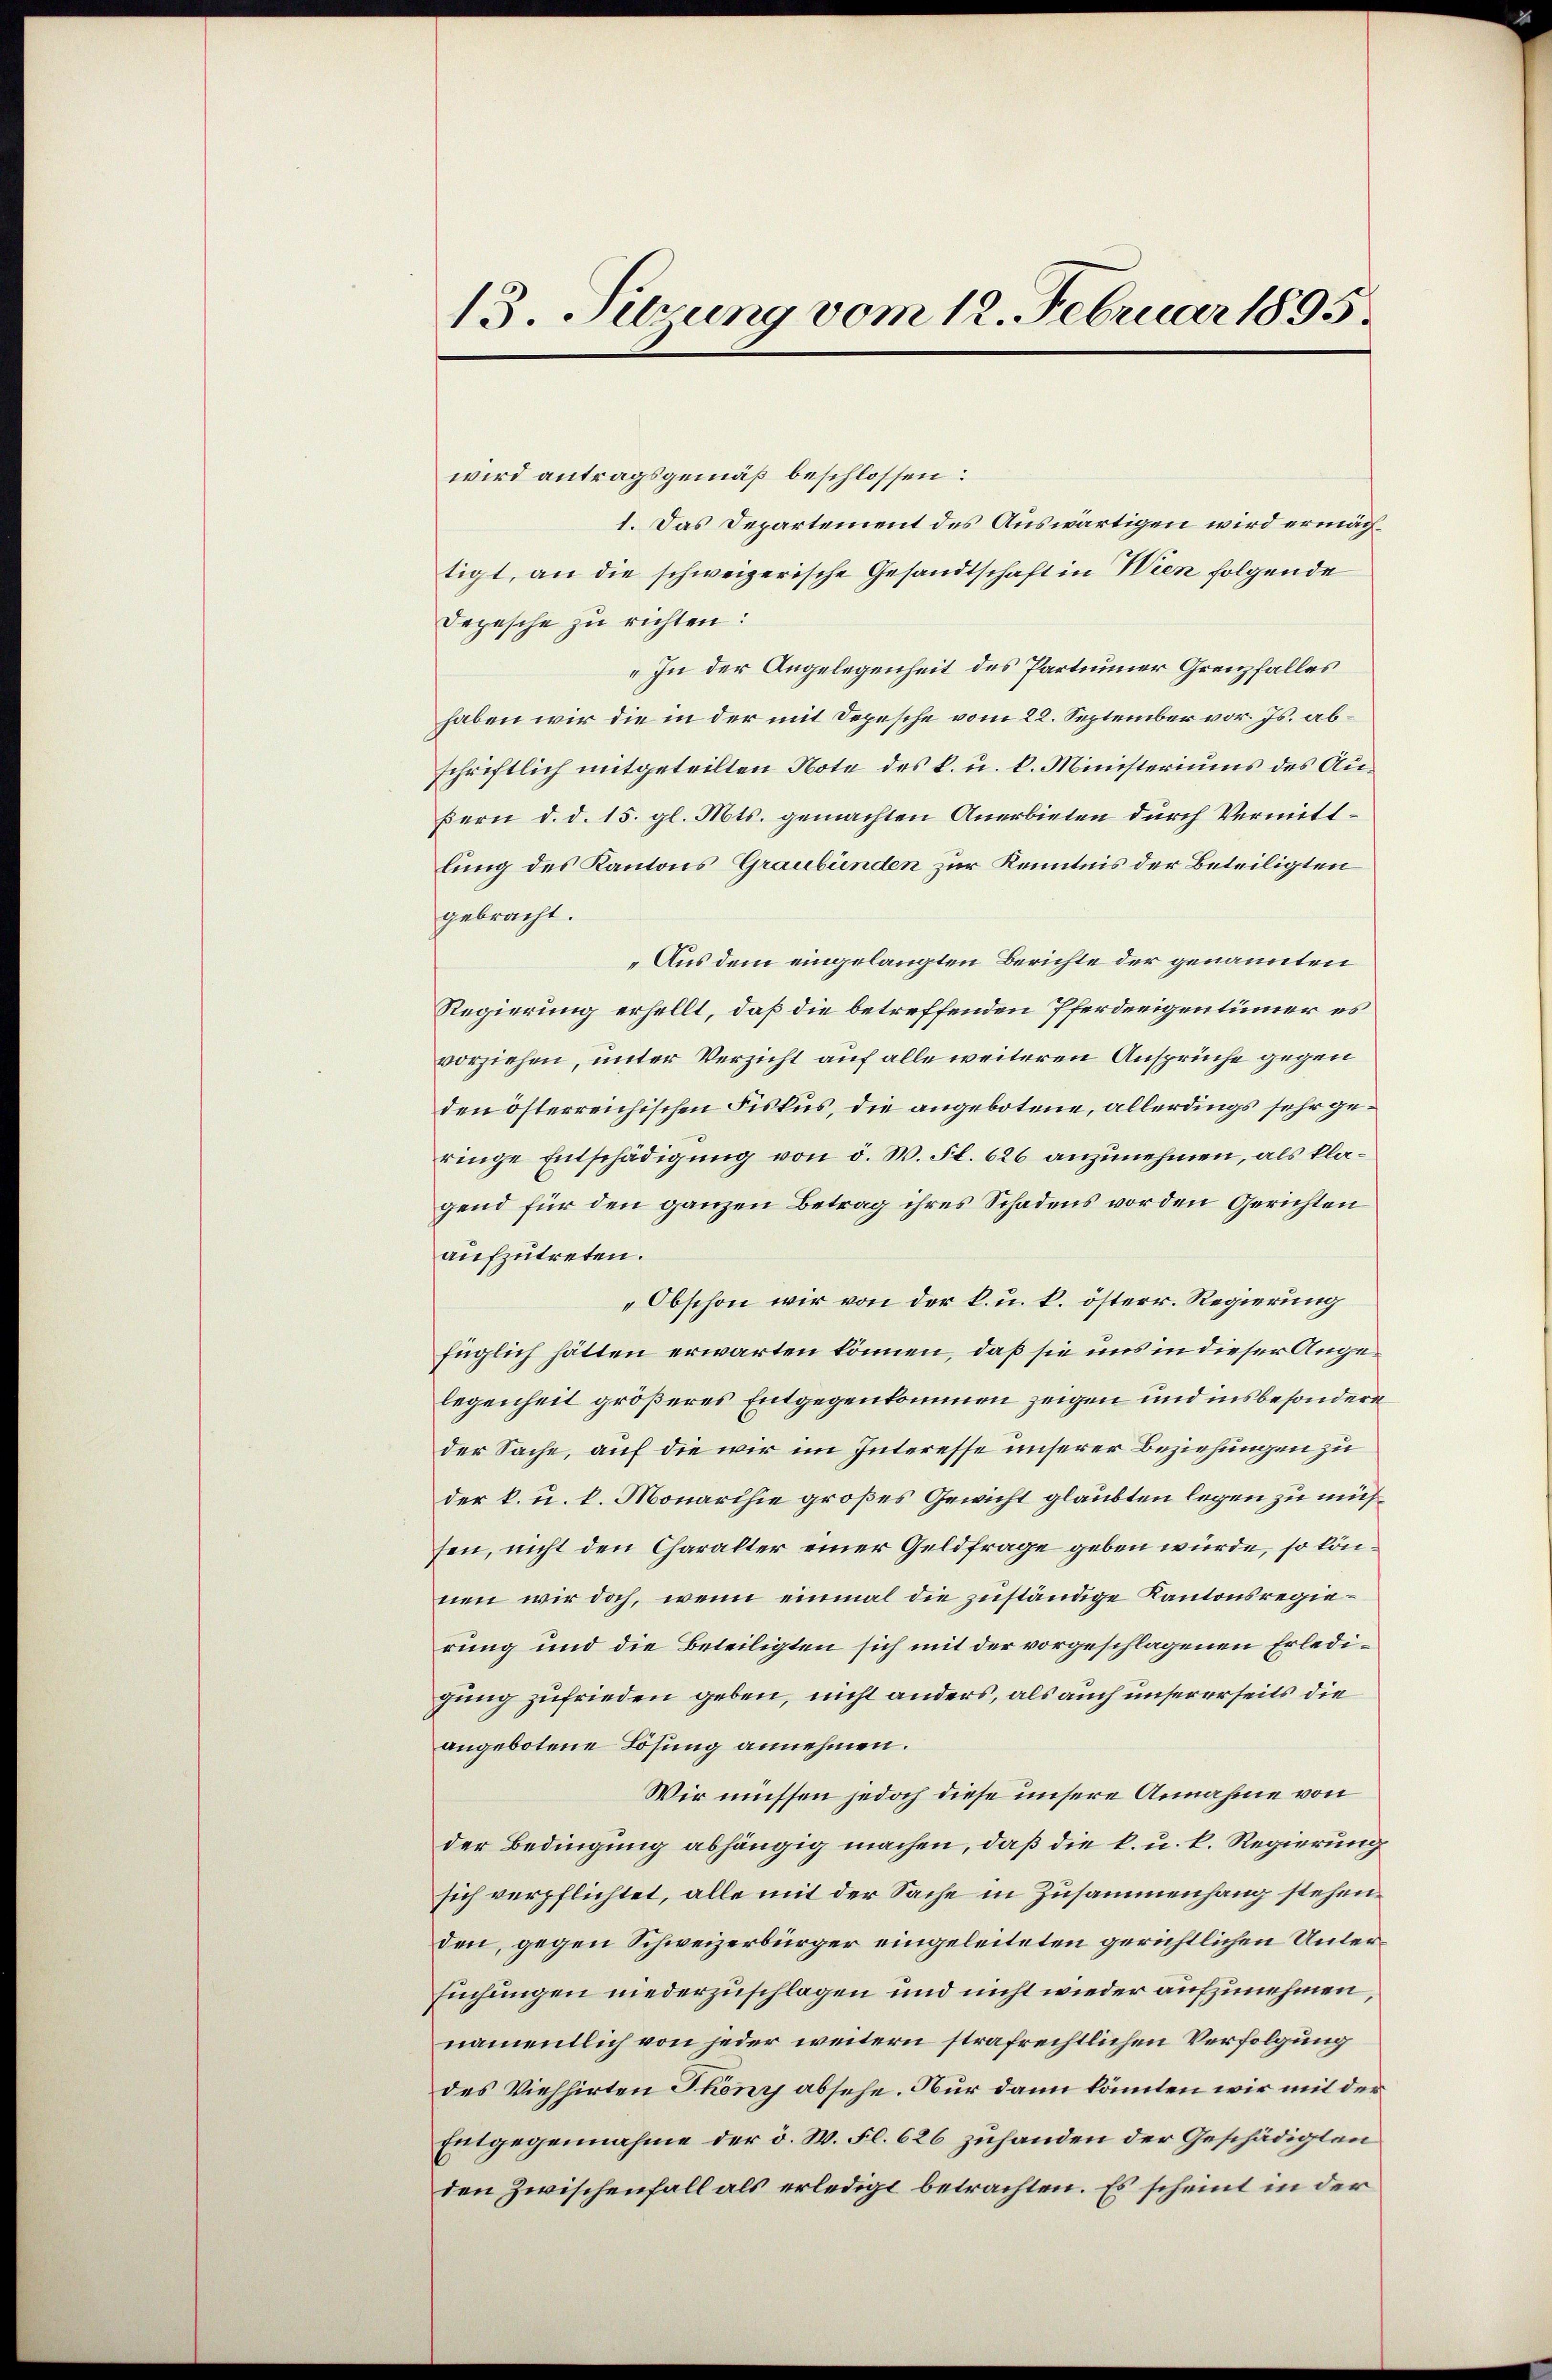
13. Suzung vom 12. Februar 1895.

wird antragsgemäß beschlossen:
1. Das Departement des Auswärtigen wird ermächtigt, an die schweizerische Gesandtschaft in Wien folgende
Depesche zu richten:
„In der Angelegenheit des Partinner Grenzfalles
haben wir die in der mit Depesche vom 22. September vor. Js. abschriftlich mitgeteilten Note des k. u. k. Ministeriums des Au¬
Bern d. d. 15. gl. Mts. gemachten Anerbieten durch Vermittlung des Kantons Graubünden zur Kenntnis der Beteiligten
gebracht.
Aus dem eingelangten Berichte der genannten
Regierung erhellt, daß die betreffenden Pferdeeigentümer es
vorziehen, unter Verzicht auf alle weiteren Ansprüche gegen
den österreichischen Fiskus, die angebotene, allerdings sehr geringe Entschädigung von d. W. Fl. 626 anzunehmen, als klagend für den ganzen Betrag ihres Schadens vor den Gerichten
aufzutreten.
Obschon wir von der k. u. k. österr. Regierung
füglich hätten erwarten können, daß sie uns in dieser Angelegenheit größeres Entgegenkommen zeigen und insbesondere
der Sache, auf die wir im Interesse unserer Beziehungen zu
der k. u. l. Monarthie großes Gewicht glaubten legen zu müssen, nicht den Charalter einer Geldfrage geben würde, so können wir doch, wenn einmal die zuständige Kantonsregierung und die Beteiligten sich mit der vorgeschlagenen Erledigung zufrieden geben, nicht anders, als auch unsererseits die
angebotene Lösung annehmen.
Wir müssen jedoch diese unsere Annahme von
der Bedingung abhängig machen, daß die k. u. k. Regierung
sich verpflichtet, alle mit der Sache in Zusammenhang stehenden, gegen Schweizerbürger eingeleiteten gerichtlichen Untersuchungen niederzuschlagen und nicht wieder aufzunehmen,
namentlich von jeder weitern strafrechtlichen Verfolgung
des Viehhirten Thönyj absehe. Nur dann könnten wir mit der
Entgegennahme der d. W. Fl. 626 zuhanden der Geschädigten
den Zwischenfall als erledigt betrachten. Es scheint in der